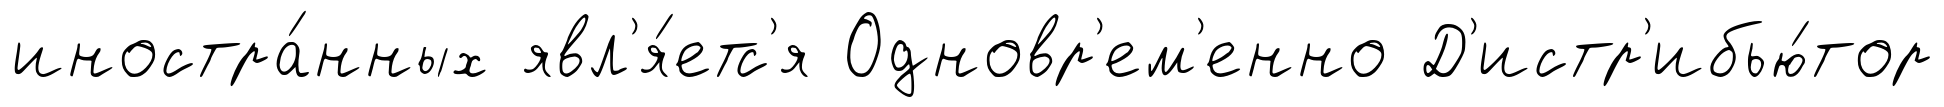
иностра́нных явл'я́етс'я Одновр'ем'енно Д'истр'ибью́тор